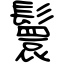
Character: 鬟